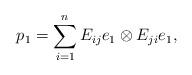
LaTeX: \begin{align*}p_1 = \sum_{i=1}^n E_{ij}e_1 \otimes E_{ji}e_1,\end{align*}